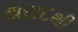
થરાદથી